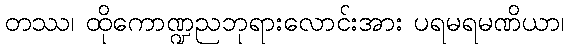
တဿ၊ ထိုကောဏ္ဍညဘုရားလောင်းအား ပရမရမဏိယာ၊